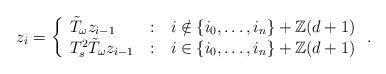
LaTeX: \begin{align*}z_i=\left\{\begin{array}{l@{\quad:\quad}l}\tilde{T}_{\omega}z_{i-1}& i\notin\{i_0,\ldots,i_n\}+{\mathbb Z}(d+1) \\T_s^{2}\tilde{T}_{\omega}z_{i-1} &i\in\{i_0,\ldots,i_n\}+{\mathbb Z}(d+1)\end{array}\right..\end{align*}